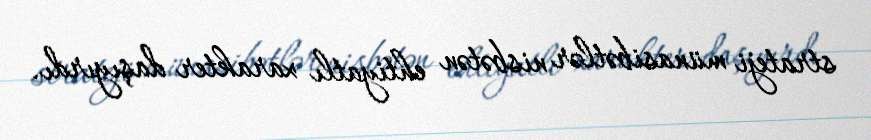
strateji münasibətlər nisbətən ehtiyatlı xarakter daşıyırdı.